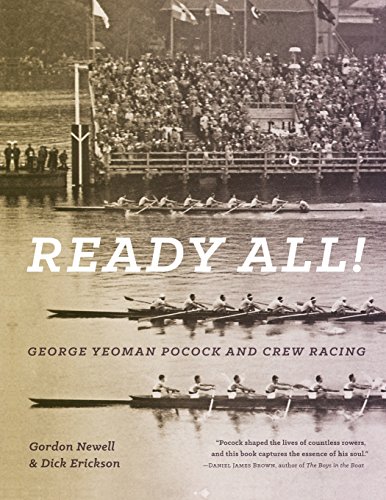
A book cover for Ready All! George Yeoman Pocock and Crew Racing; Gordon Newell; Sports & Outdoors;